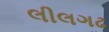
લીલગઢ